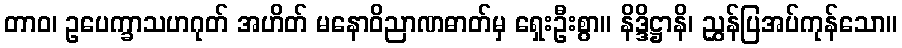
တာဝ၊ ဥပေက္ခာသဟဂုတ် အဟိတ် မနောဝိညာဏဓာတ်မှ ရှေးဦးစွာ။ နိဒ္ဒိဋ္ဌာနိ၊ ညွှန်ပြအပ်ကုန်သော။